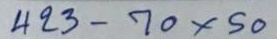
423 - 70x50